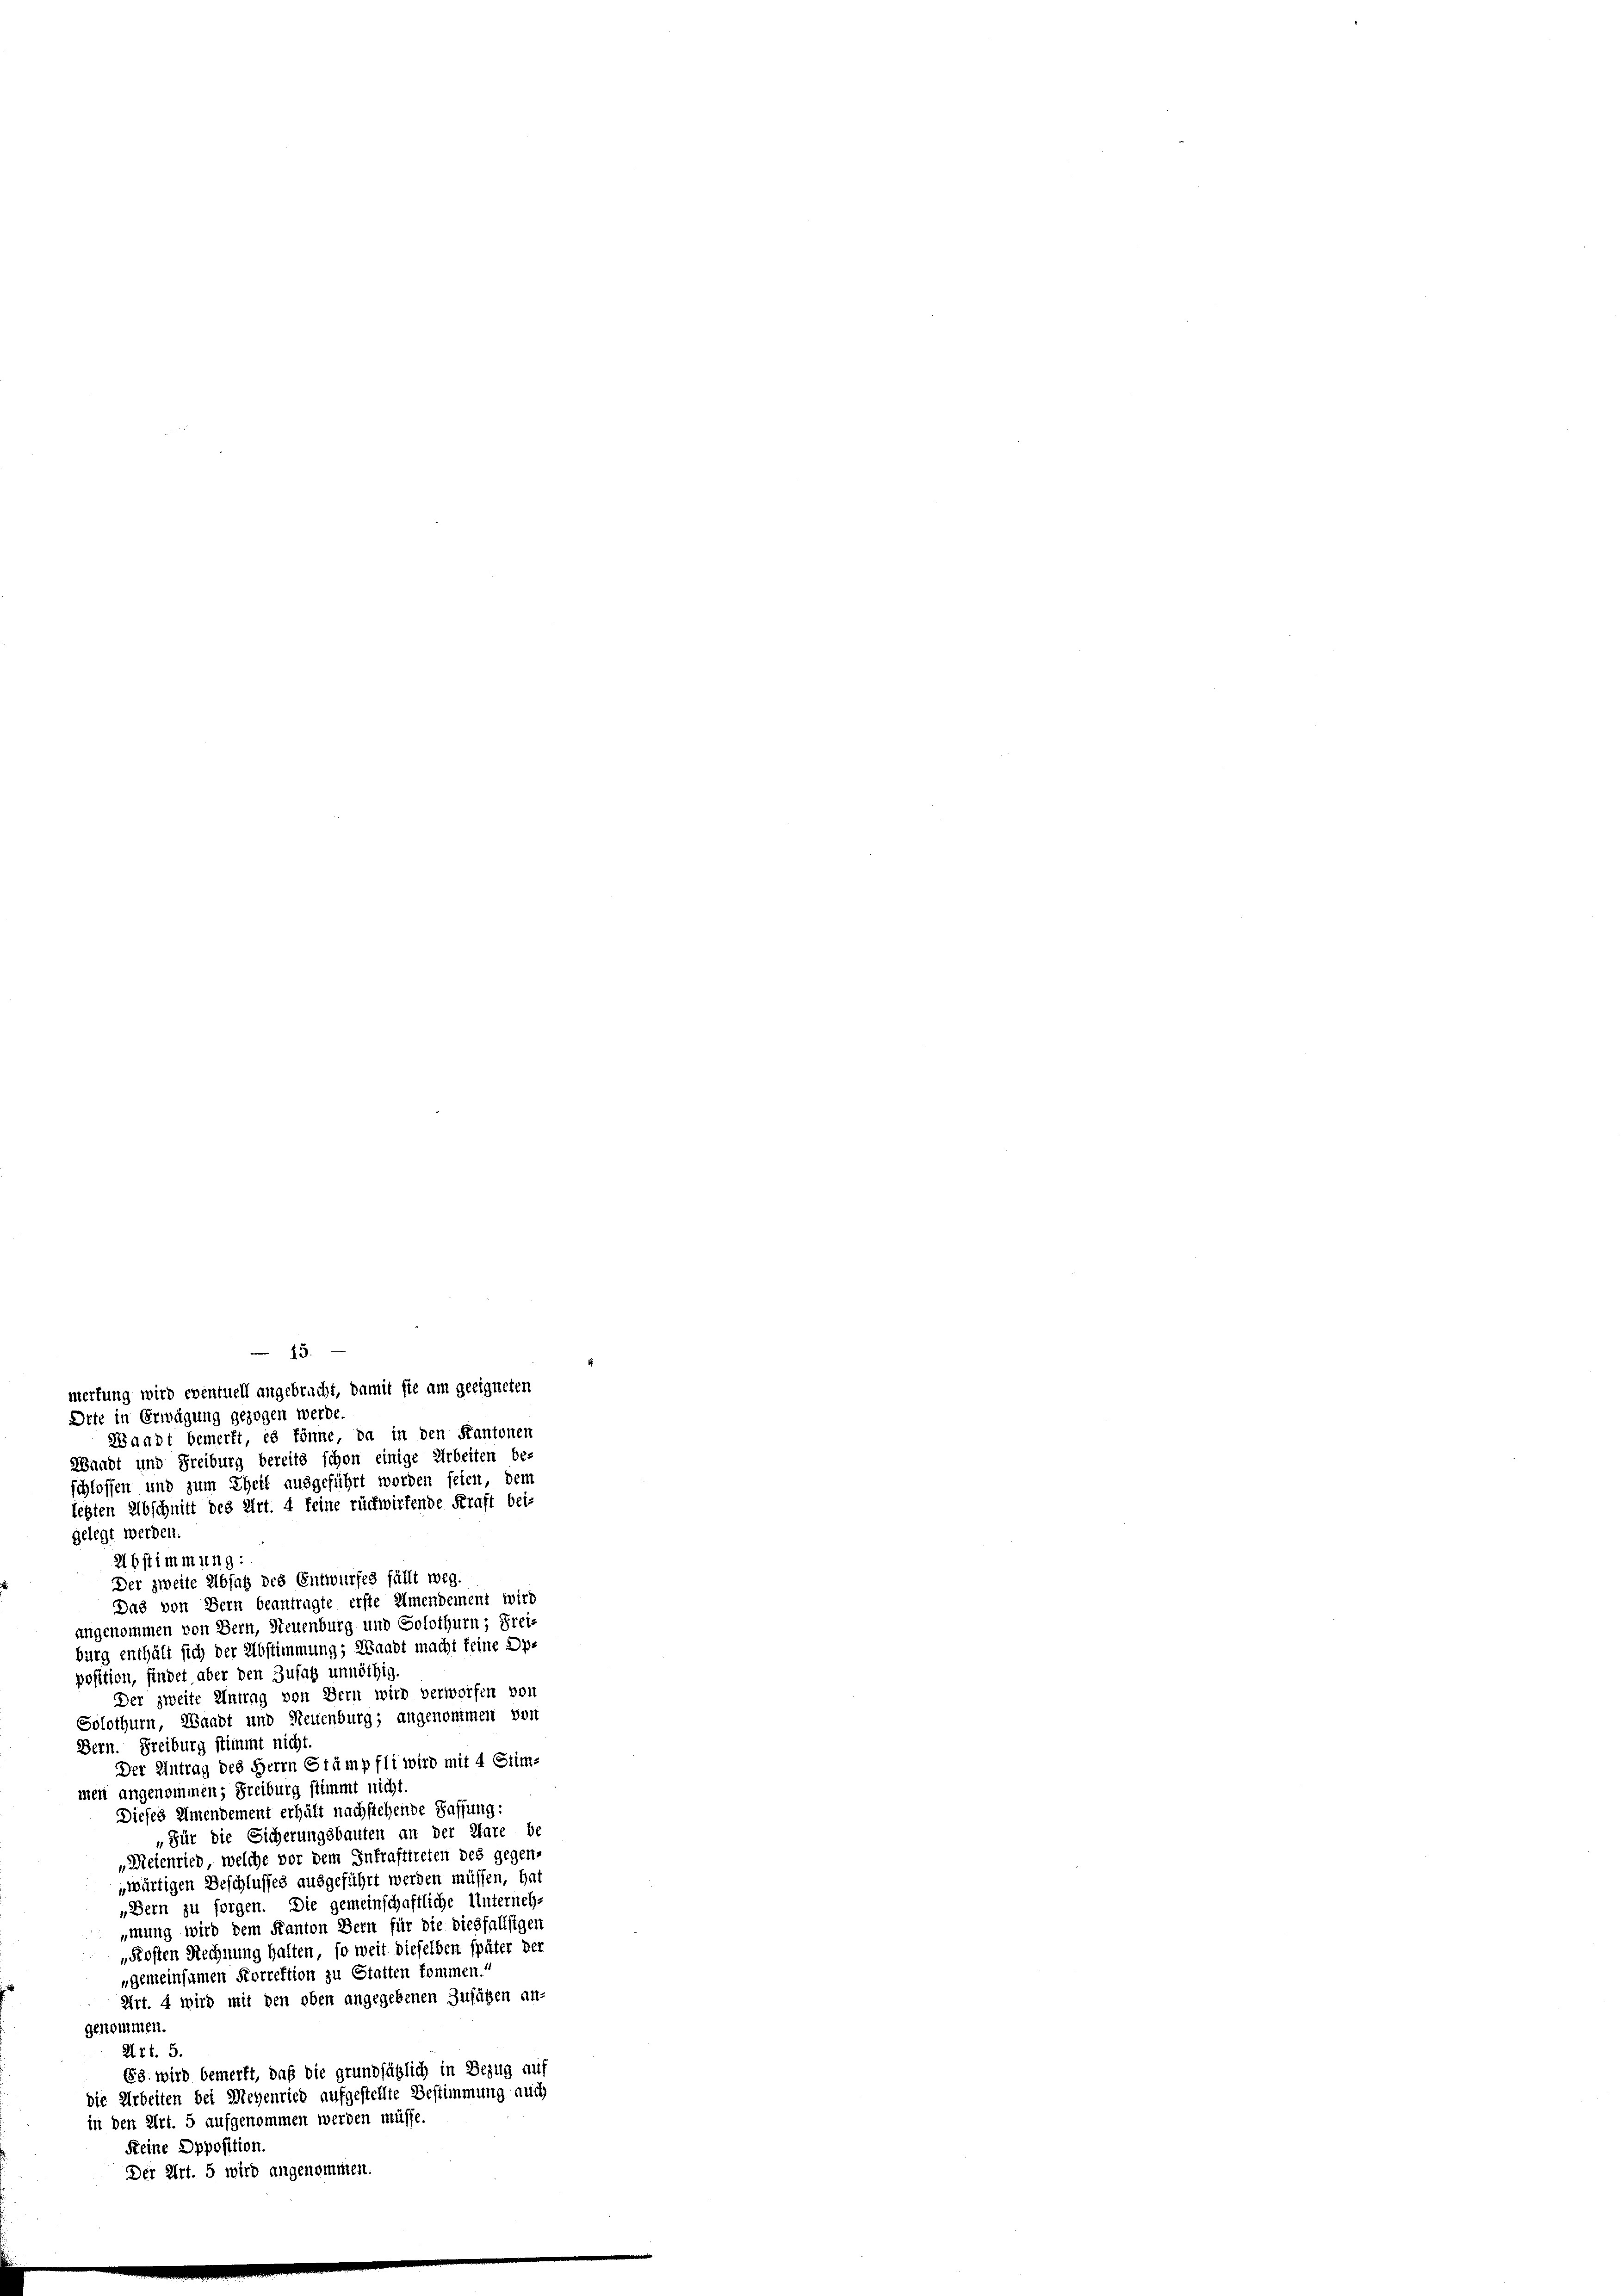
mertung wird eventuell angebracht, damit sie am geeigneten
Orte in Erwägung gezogen werde.
Waadt bemerkt, es könne, da in den Kantonen
Waadt und Freiburg bereits schon einige Arbeiten be-
schlossen und zum Theil ausgeführt worden feien, dem
legten Abschnitt des Art. 4 feine rückwirkende Kraft bei-
gelegt werden.
Abstimmung:
Der zweite Absatz des Entwurfes fällt weg.
Das von Bern beantragte erste Amendement wird
angenommen von Bern, Neuenburg und Solothurn, Frei
burg enthält sich der Abstimmung; Waadt macht keine Ope
position, findet aber den Zusatz unnöthig
Der zweite Antrag von Bern wird verworfen von
Solothurn, Waadt und Neuenburg; angenommen von
Bern. Freiburg stimmt nicht.
Der Antrag des Herrn Stämpfli wird mit 4 Stim-
men angenommen; Freiburg stimmt nicht.
Dieses Amendement erhält nachstehende Saffung:
„Für die Sicherungsbauten an der Ware be
„Meienried, welche vor dem Inkrafttreten des gegen-
wärtigen Beschlusses ausgeführt werden müssen, hat
„Bern zu sorgen. Die gemeinschaftliche Unterneh
mung wird dem Kanton Bern für die diesfallsigen
„Firsten Rechnung halten, so weit dieselben später der
„gemeinsamen Korrektion zu Statten kommen.
Art. 4 wird mit den oben angegebenen Zusätzen an-
gekommen.
X. rt. 5.
68. wird bemerkt, daß die grundsätzlich in Bezug auf
die Arbeiten bei Meyenried aufgestellte Bestimmung auch
in den Art. 5 aufgenommen werden müsse.
Keine Opposition
Der Art. 5 wird angenommen.

43.